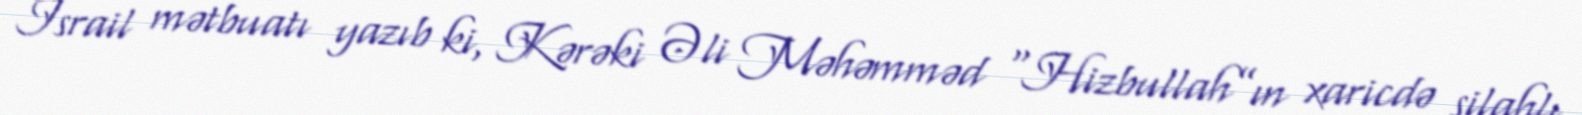
İsrail mətbuatı yazıb ki, Kərəki Əli Məhəmməd “Hizbullah”ın xaricdə silahlı